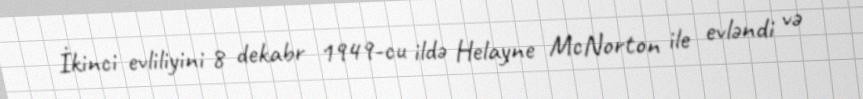
İkinci evliliyini 8 dekabr 1949-cu ildə Helayne McNorton ile evləndi və